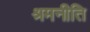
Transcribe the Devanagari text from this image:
श्रमनीति